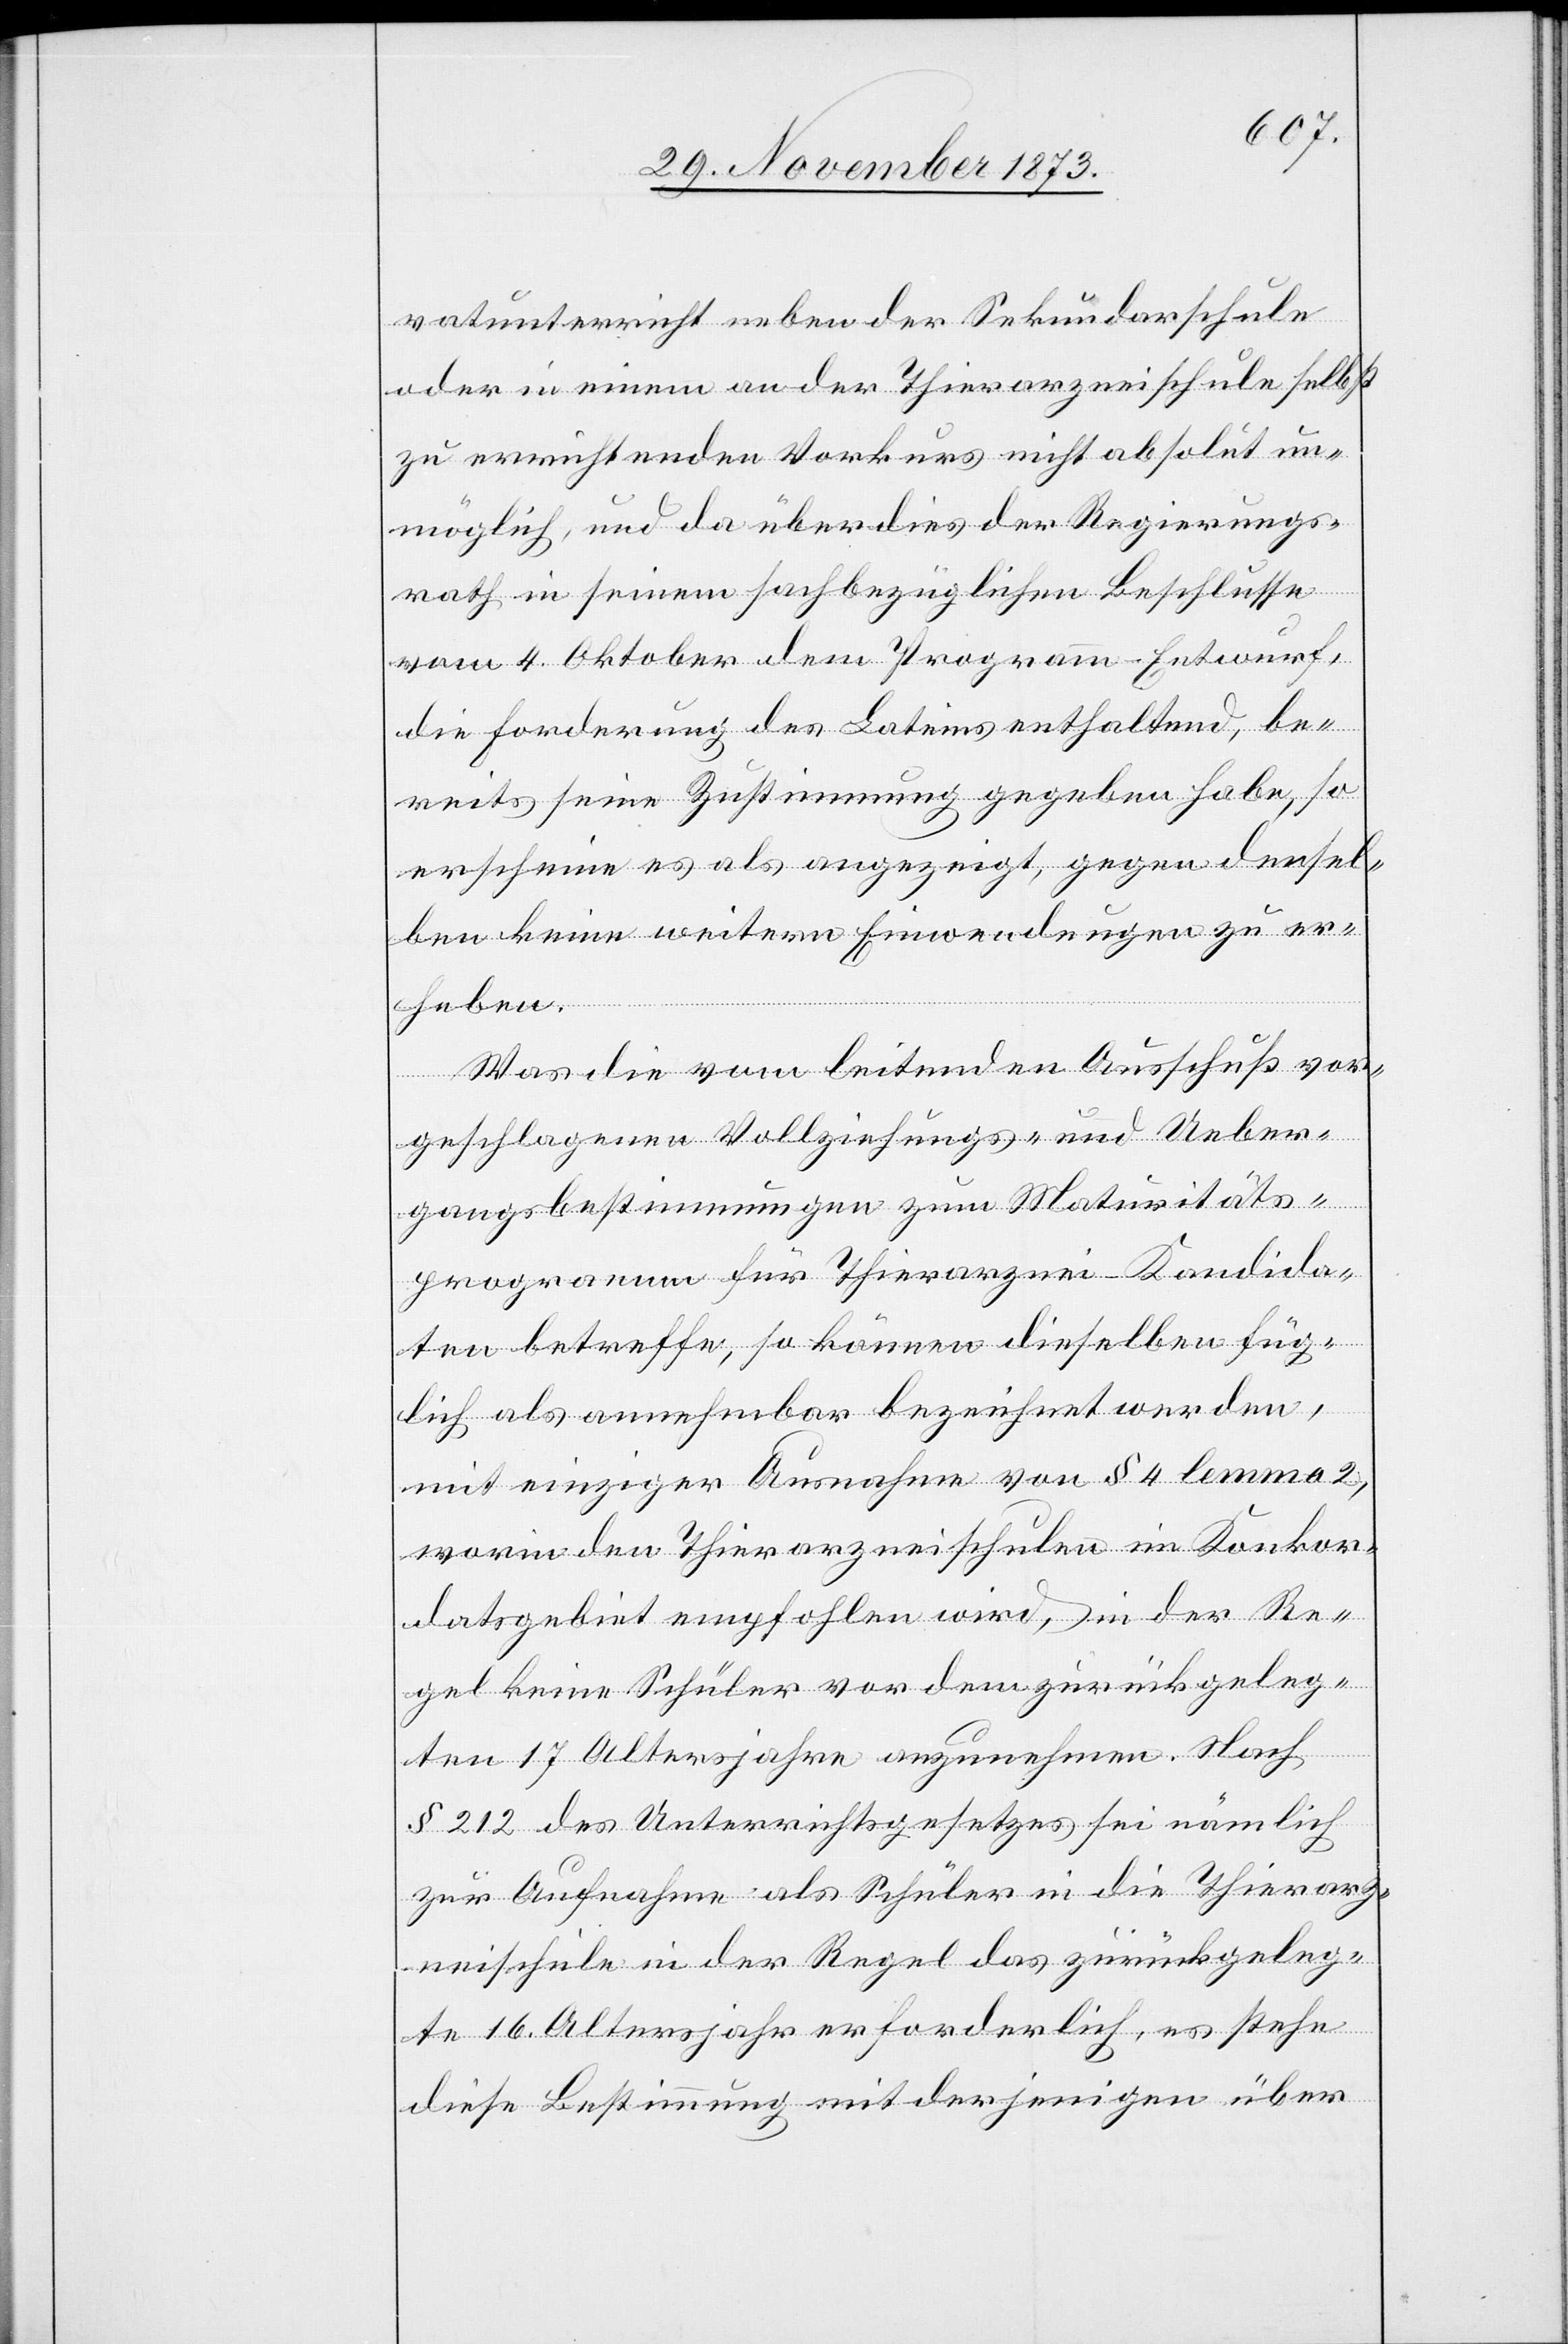
vatunterricht neben der Sekundarschule
oder in einem an der Thierarzneischule selbst
zu errichtenden Vorkurs nicht absolut un¬
möglich, und da über dies der Regierungs¬
rath in seinem sachbezüglichen Beschlusse
vom 4. Oktober dem Programm-Entwurf,
die Forderung des Lateins enthaltend, be¬
reits seine Zustimmung gegeben habe, so
erscheine es als angezeigt, gegen densel¬
ben keine weitern Einwendungen zu er¬
heben.
Was die vom leitenden Ausschuß vor¬
geschlagenen Vollziehungs- und Ueber¬
gangsbestimmungen zum Maturitäts¬
programm für Thierarznei-Kandida¬
ten betreffe, so können dieselben füg¬
lich als annehmbar bezeichnet werden,
mit einziger Ausnahme von § 4 lemma 2,
worin den Thierarzneischulen im Konkor¬
datsgebiet empfohlen wird, in der Re¬
gel keine Schüler vor dem zurückgeleg¬
ten 17 Altersjahre anzunehmen. Nach
§ 212 des Unterrichtsgesetzes sei nämlich
zur Aufnahme als Schüler in die Thierarz¬
neischule in der Regel das zurückgeleg¬
te 16. Altersjahr erforderlich, es stehe
diese Bestimmung mit derjenigen über